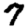
Digit: 7